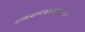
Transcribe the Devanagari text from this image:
ब्रलेत्यस्मच्छास्त्रानुसारेण